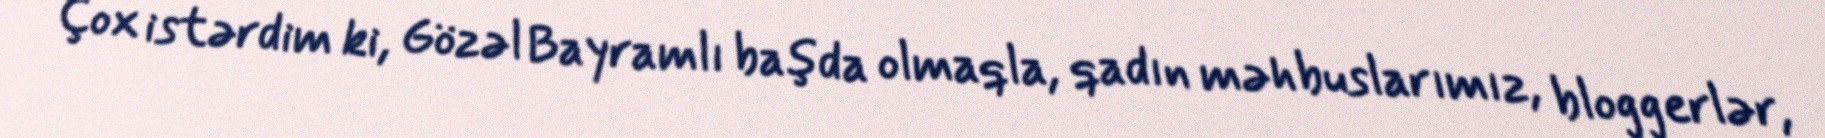
Çox istərdim ki, Gözəl Bayramlı başda olmaqla, qadın məhbuslarımız, bloggerlər,